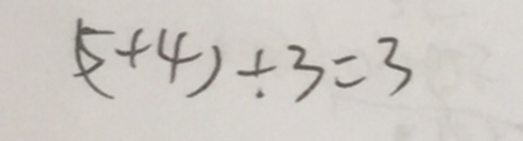
( 5 + 4 ) \div 3 = 3